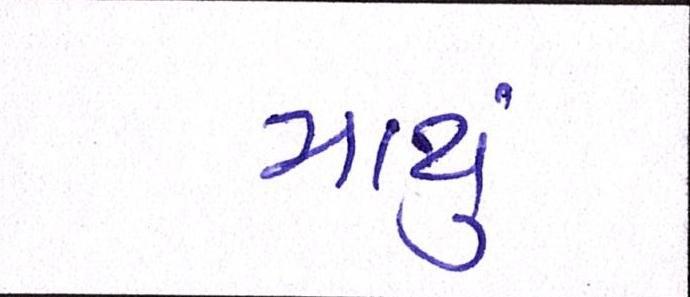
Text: માથું